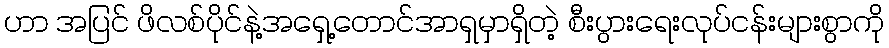
ဟာ အပြင် ဖိလစ်ပိုင်နဲ့အရှေ့တောင်အာရှမှာရှိတဲ့ စီးပွားရေးလုပ်ငန်းများစွာကို